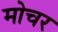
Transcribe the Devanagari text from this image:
मोचर